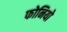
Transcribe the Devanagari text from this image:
फोनियो